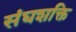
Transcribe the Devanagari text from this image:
संघशक्ति